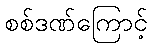
စစ်ဒဏ်ကြောင့်